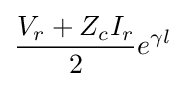
{\frac {V_{r}+Z_{c}I_{r}}{2}}e^{\gamma l}